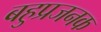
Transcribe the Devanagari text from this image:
बहुप्रजनक